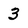
Character: 3